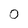
Character: 0